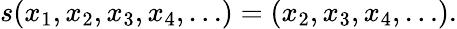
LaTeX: s(x_{1},x_{2},x_{3},x_{4},\ldots)=(x_{2},x_{3},x_{4},\ldots){\mathrm{.}}